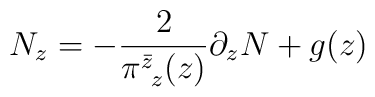
N_z=-\frac{2}{\pi^{\bar z}_{~z}(z)}\partial_z N+g(z)